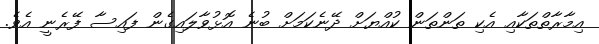
އިމާރާތްތަކާއި އެކި ތަންތަން ކުއްޔަށް ދޭނެކަމަށް ބުނެ އޮޅުވާލައިގެން ފައިސާ ފޭރެނީ އެވެ.